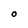
Character: O